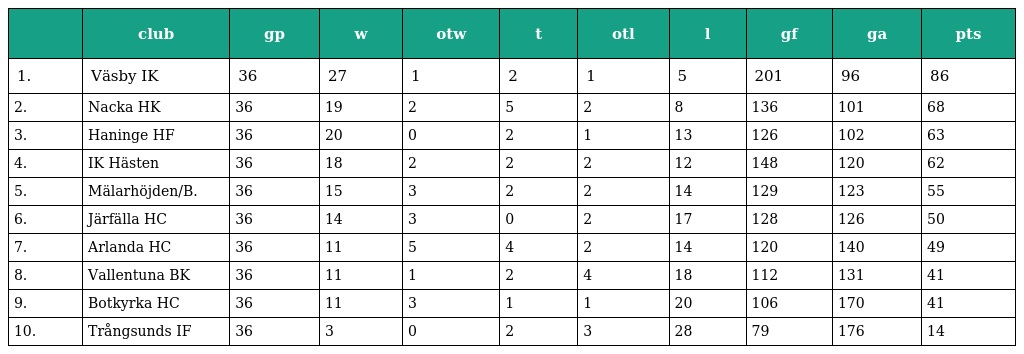
|  | club | gp | w | otw | t | otl | l | gf | ga | pts |
 | --- | --- | --- | --- | --- | --- | --- | --- | --- | --- | --- |
 | 1. | Väsby IK | 36 | 27 | 1 | 2 | 1 | 5 | 201 | 96 | 86 |
 | 2. | Nacka HK | 36 | 19 | 2 | 5 | 2 | 8 | 136 | 101 | 68 |
 | 3. | Haninge HF | 36 | 20 | 0 | 2 | 1 | 13 | 126 | 102 | 63 |
 | 4. | IK Hästen | 36 | 18 | 2 | 2 | 2 | 12 | 148 | 120 | 62 |
 | 5. | Mälarhöjden/B. | 36 | 15 | 3 | 2 | 2 | 14 | 129 | 123 | 55 |
 | 6. | Järfälla HC | 36 | 14 | 3 | 0 | 2 | 17 | 128 | 126 | 50 |
 | 7. | Arlanda HC | 36 | 11 | 5 | 4 | 2 | 14 | 120 | 140 | 49 |
 | 8. | Vallentuna BK | 36 | 11 | 1 | 2 | 4 | 18 | 112 | 131 | 41 |
 | 9. | Botkyrka HC | 36 | 11 | 3 | 1 | 1 | 20 | 106 | 170 | 41 |
 | 10. | Trångsunds IF | 36 | 3 | 0 | 2 | 3 | 28 | 79 | 176 | 14 |